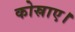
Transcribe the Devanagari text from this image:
कोस्राए।